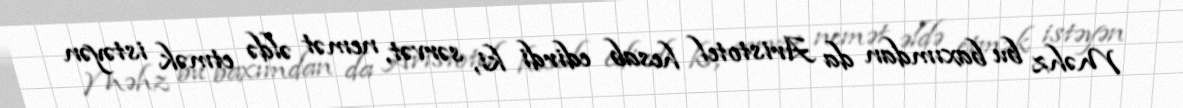
Məhz bu baxımdan da Aristotel hesab edirdi ki, sərvət, nemət əldə etmək istəyən